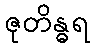
ဇုတိန္ဓရ